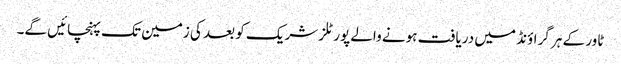
ٹاور کے ہر گراؤنڈ میں دریافت ہونے والے پورٹلز شریک کو بعد کی زمین تک پہنچائیں گے۔